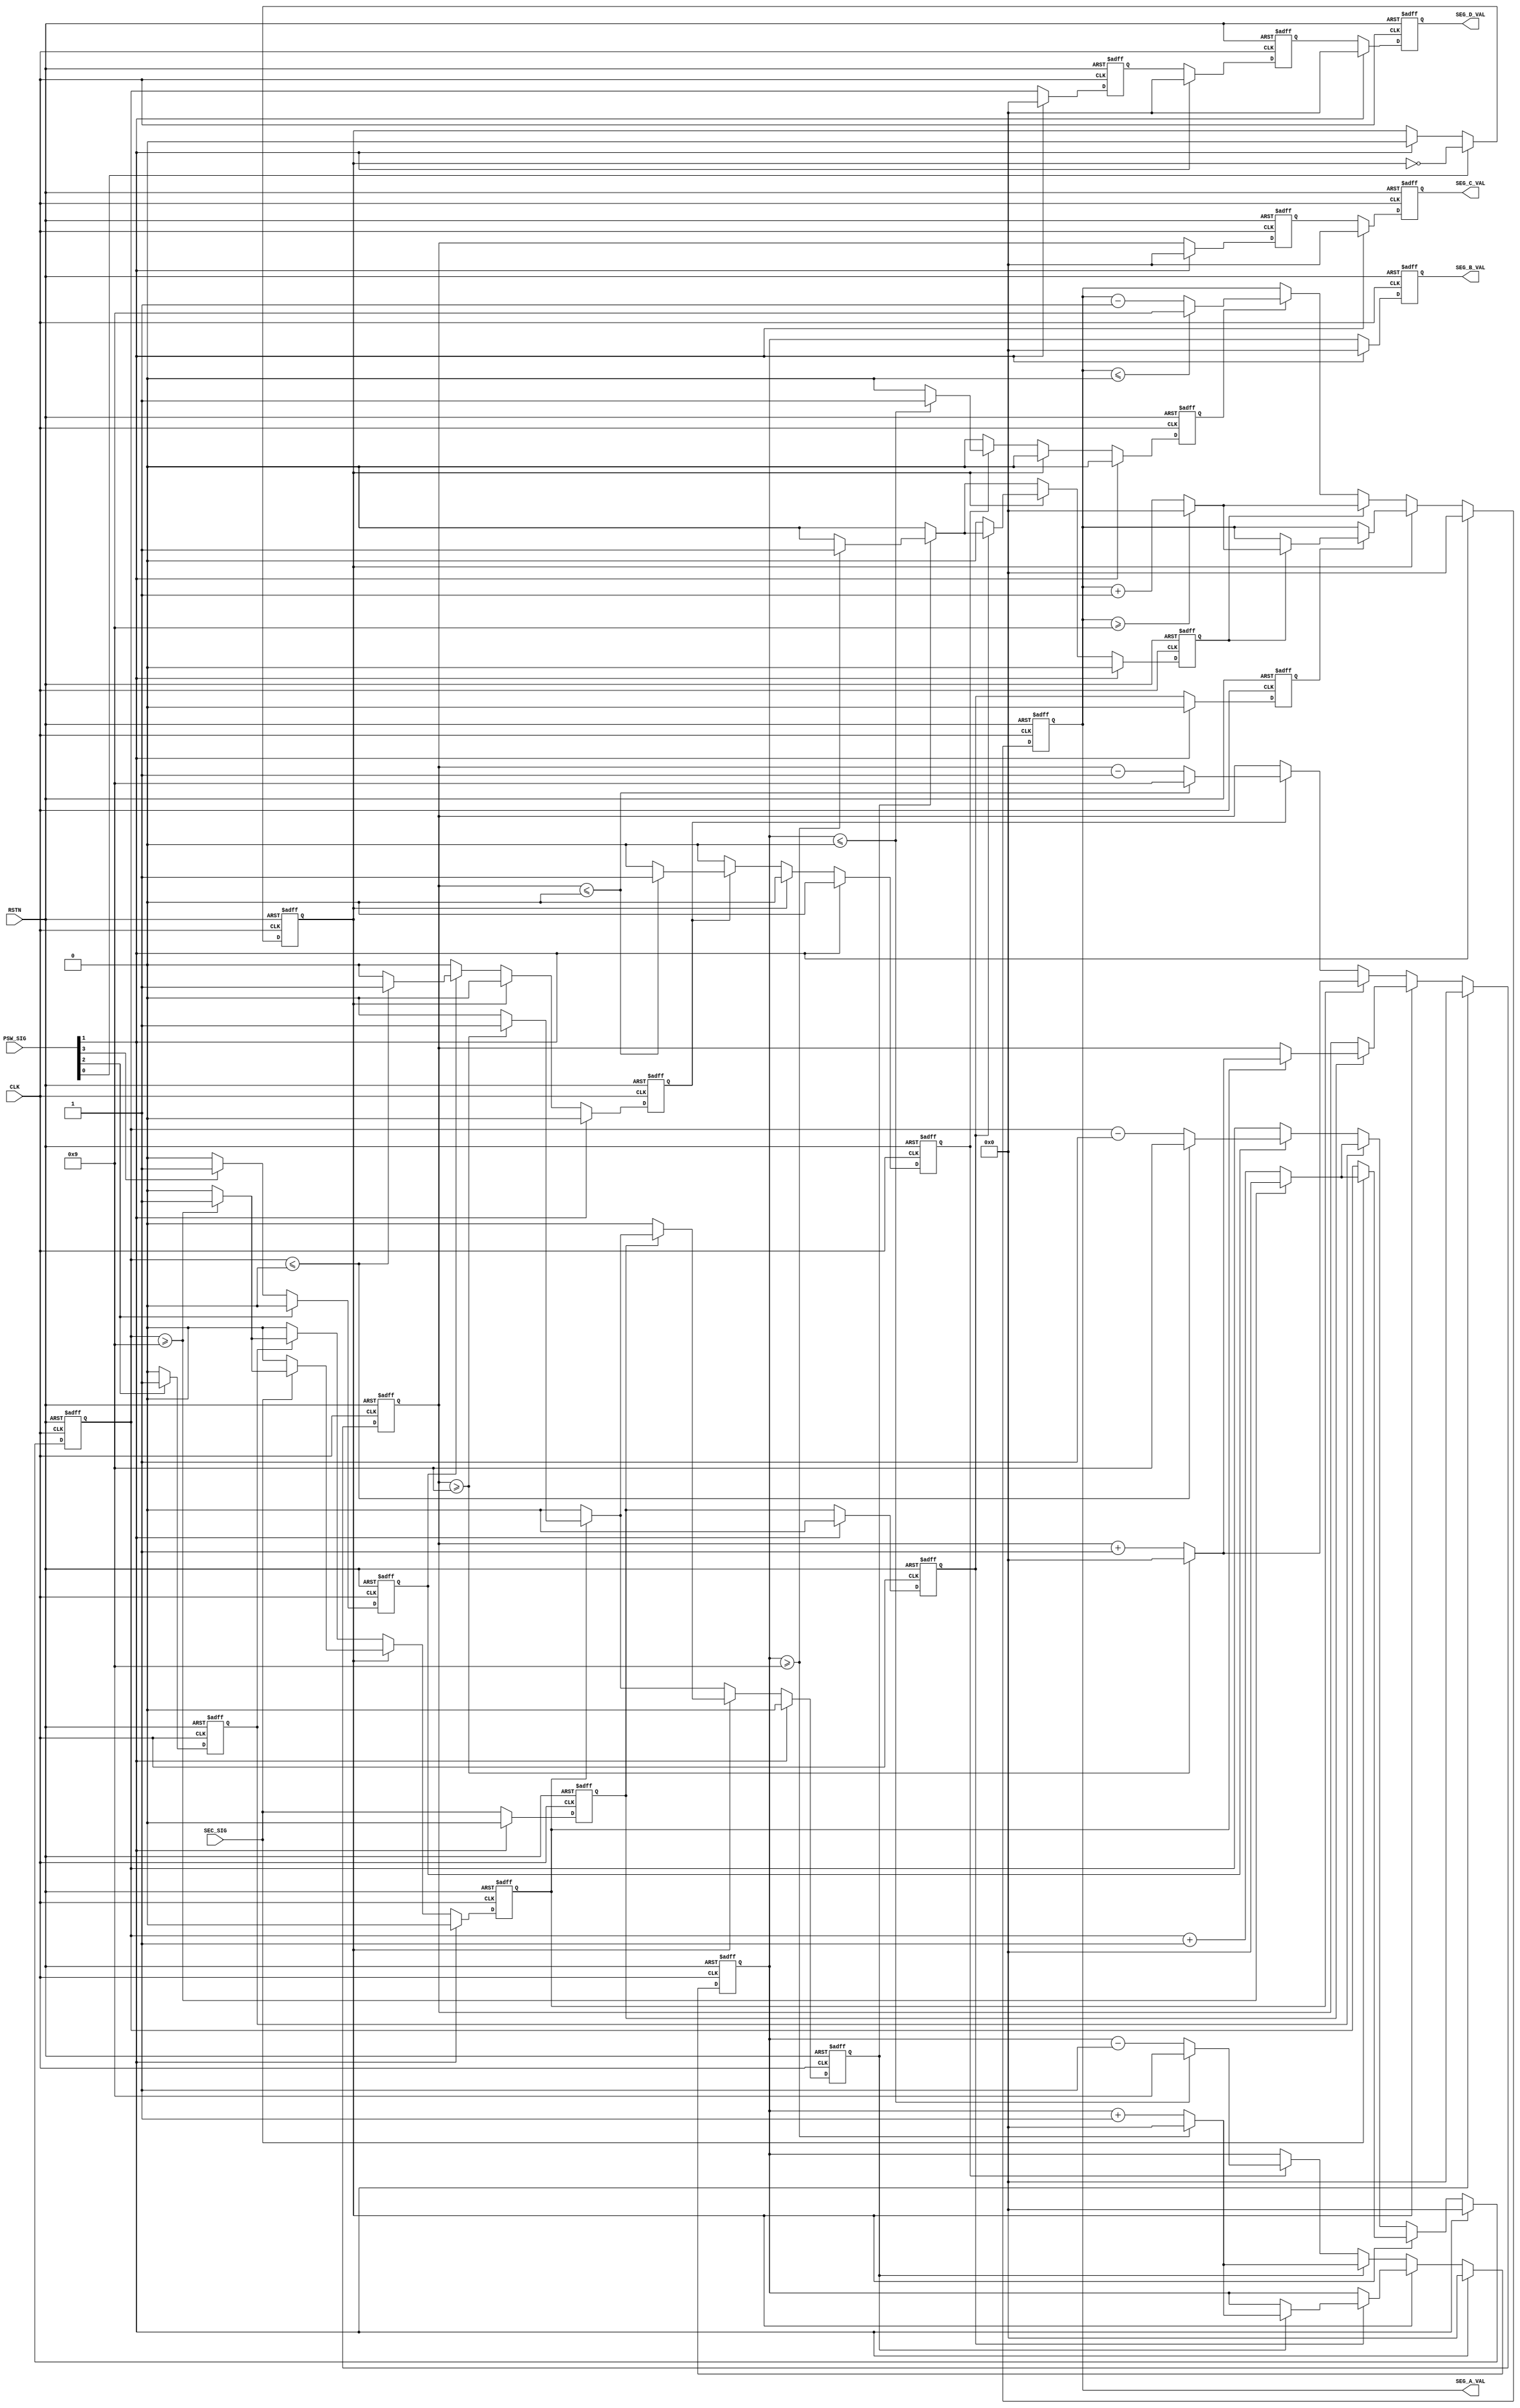
/*------------------------------------------------------------------------------
--      File Name = watch_body.v                                              --
--                                                                            --
--      Design    = StopWatch Main Block                                      --
--                                                                            --
--      Revision  = 1.0         Date: 2012.04.19                              --
------------------------------------------------------------------------------*/

	module watch_body (
	  		//input
	  		CLK,
	  		RSTN,
	  		PSW_SIG,
	  		SEC_SIG,

	  		//output
	  		SEG_A_VAL,
			SEG_B_VAL,
			SEG_C_VAL,
			SEG_D_VAL
	);

//--- input --------------------------------------------------------------------
input  CLK;				// Clock 10MHz
input  RSTN;			// System Reset
input  [3:0] PSW_SIG;	// 0:Start / Stop  1:Reset  2:Increment  3:Decrement
input  SEC_SIG;			// Second Signal

//--- output -------------------------------------------------------------------
output [3:0] SEG_A_VAL,SEG_B_VAL,SEG_C_VAL,SEG_D_VAL;	// 7seg out

//--- reg ----------------------------------------------------------------------
reg  MOVE_FLG;											// 0:Stop Mode   1:Moveing Mode

reg  PLUS_A, MINUS_A;									// Count Up Signal
reg  [3:0] COUNT_A, COUNT_B, COUNT_C, COUNT_D;			// Count Register
reg  CARRY_A, CARRY_B, CARRY_C;							// Carry Up Signal
reg  DOWN_A,  DOWN_B,  DOWN_C;							// Carry Down Signal
reg  SEC_SIG_1D,SEC_SIG_2D,SEC_SIG_3D;					// Delay Second Signal

reg  [3:0] COUNT_A_1D, COUNT_A_2D,COUNT_A_3D;			// Delay Control COUNT_A
reg  [3:0] COUNT_B_1D, COUNT_B_2D;						// Delay Control COUNT_B
reg  [3:0] COUNT_C_1D;									// Delay Control COUNT_C

//****************************** Start of Module ******************************
//-------------------
//    Change Mode
//-------------------
	always@( posedge CLK or negedge RSTN) begin
		if( !RSTN ) begin
			MOVE_FLG <= 1'b0;
	  	end

	  	else if( PSW_SIG[0] == 1'b1) begin
	    	 MOVE_FLG <= ~MOVE_FLG;
	  	end
      	else if( PSW_SIG[1] == 1'b1 )begin
			MOVE_FLG <= 1'b0;
		end
	 	else begin
	    	 MOVE_FLG <= MOVE_FLG;
	  	end
	end

//-------------------------
// Count Up Signal Create
//-------------------------
	always@( posedge CLK or negedge RSTN) begin
  		if( !RSTN )begin
			PLUS_A  <= 1'b0;
     		MINUS_A <= 1'b0;
		end

    	else if( PSW_SIG[2] == 1'b1 )begin
      		PLUS_A  <= 1'b1;
			MINUS_A <= 1'b0;
    	end
		else if( PSW_SIG[3] == 1'b1 )begin
      		PLUS_A  <= 1'b0;
			MINUS_A <= 1'b1;
		end
		else begin
			PLUS_A  <= 1'b0;
			MINUS_A <= 1'b0;
		end
	end
	
//-------------------------------------
//  OUTPUT COUNT_A
//-------------------------------------
	always@( posedge CLK or negedge RSTN) begin
  		if( !RSTN )begin
			COUNT_A <= 4'd0;
		end
		else if( PSW_SIG[1] == 1'b1 )begin
  			COUNT_A <= 4'd0;
		end

		// Stop Mode
		else if( MOVE_FLG == 1'b0 )begin
			if( PLUS_A == 1'b1 )begin
				if( COUNT_A >= 4'd9 )begin
					COUNT_A <= 4'd0;
				end
				else begin
					COUNT_A <= COUNT_A + 4'd1;
				end
			end
			else if( MINUS_A == 1'b1 )begin
				if( COUNT_A <= 4'd0 )begin
					COUNT_A <= 4'd9;
				end
				else begin
					COUNT_A <= COUNT_A - 4'd1;
				end
			end
			else begin
				COUNT_A <= COUNT_A;
			end
		end
		
		// Moving Mode
		else begin
			if( SEC_SIG == 1'b1 )begin
				if( COUNT_A >= 4'd9 )begin
					COUNT_A <= 4'd0;
				end
				else begin
					COUNT_A <= COUNT_A + 4'd1;
				end
			end
			else begin
				COUNT_A <= COUNT_A;
			end
		end
	end

//-------------------------------------
//  OUTPUT CARRY_A
//-------------------------------------
	always@( posedge CLK or negedge RSTN) begin
  		if( !RSTN )begin
			CARRY_A <= 1'b0;
		end
		else if( PSW_SIG[1] == 1'b1 )begin
  			CARRY_A <= 1'b0;
		end

		// Stop Mode
		else if( MOVE_FLG == 1'b0 )begin
			if( PLUS_A == 1'b1 )begin
				if( COUNT_A >= 4'd9 )begin
					CARRY_A <= 1'b1;
				end
				else begin
					CARRY_A <= 1'b0;
				end
			end
			else begin
				CARRY_A <= 1'b0;
			end
		end

		// Moving Mode
		else begin
			if( SEC_SIG == 1'b1 )begin
				if( COUNT_A >= 4'd9 )begin
					CARRY_A <= 1'b1;
				end
				else begin
					CARRY_A <= 1'b0;
				end
			end
			else begin
				CARRY_A <= 1'b0;
			end
		end
	end

//-------------------------------------
//   OUTPUT DOWN_A
//-------------------------------------
	always@( posedge CLK or negedge RSTN) begin
  		if( !RSTN )begin
			DOWN_A <= 1'b0;
		end
		else if( PSW_SIG[1] == 1'b1 )begin
  			DOWN_A <= 1'b0;
		end

		// Stop Mode
		else if( MOVE_FLG == 1'b0 )begin
			if( MINUS_A == 1'b1 )begin
				if( COUNT_A <= 4'd0 )begin
					DOWN_A <= 1'b1;
				end
				else begin
					DOWN_A <= 1'b0;
				end
			end
			else begin
				DOWN_A <= 1'b0;
			end
		end
		
		// Moving Mode
		else begin
			DOWN_A <= 1'b0;
		end
	end

//-------------------------------------
//   OUTPUT COUNT_B
//-------------------------------------
	always@( posedge CLK or negedge RSTN) begin
  		if( !RSTN )begin
			COUNT_B <= 4'd0;
		end
		else if( PSW_SIG[1] == 1'b1 )begin
			COUNT_B <= 4'd0;
		end

		// Stop Mode
		else if( MOVE_FLG == 1'b0 )begin
			if( CARRY_A == 1'b1 )begin
				if( COUNT_B >= 4'd9 )begin
					COUNT_B <= 4'd0;
				end
				else begin
					COUNT_B <= COUNT_B + 4'd1;
				end
			end
			else if( DOWN_A == 1'b1 )begin
				if( COUNT_B <= 4'd0 )begin
					COUNT_B <= 4'd9;
				end
				else begin
					COUNT_B <= COUNT_B - 4'd1;
				end
			end
			else begin
				COUNT_B <= COUNT_B;
			end
		end
		
		// Moving mode
		else begin							
			if( SEC_SIG_1D == 1'b1 )begin
				if( CARRY_A == 1'b1 )begin
					if( COUNT_B >= 4'd9 )begin
						COUNT_B <= 1'b0;
					end
					else begin
						COUNT_B <= COUNT_B + 4'd1;
					end
				end
				else begin
					COUNT_B <= COUNT_B;
				end
			end
			else begin
				COUNT_B <= COUNT_B;
			end
		end
	end


//-------------------------------------
//   OUTPUT CARRY_B
//-------------------------------------
	always@( posedge CLK or negedge RSTN) begin
  		if( !RSTN )begin
			CARRY_B <= 1'b0;
		end
		else if( PSW_SIG[1] == 1'b1 )begin
			CARRY_B <= 1'b0;
		end
		
		// Stop Mode
		else if( MOVE_FLG == 1'b0 )begin
			if( CARRY_A == 1'b1)begin
				if( COUNT_B >= 4'd9 )begin
						CARRY_B <= 1'b1;
				end
				else begin
					CARRY_B <= 1'b0;
				end
			end
			else begin
				CARRY_B <= 1'b0;
			end
		end

		// Moving Mode
		else begin
			if( SEC_SIG_1D == 1'b1 )begin
				if( CARRY_A == 1'b1 )begin
					if( COUNT_B >= 4'd9 )begin
						CARRY_B <= 1'b1;
					end
					else begin
						CARRY_B <= 1'b0;
					end
				end
				else begin
					CARRY_B <= 1'b0;
				end
			end
			else begin
				CARRY_B <= 1'b0;
			end
		end
	end

//-------------------------------------
//   OUTPUT DOWN_B
//-------------------------------------
	always@( posedge CLK or negedge RSTN) begin
  		if( !RSTN )begin
			DOWN_B <= 1'b0;
		end
		else if( PSW_SIG[1] == 1'b1 )begin
			DOWN_B <= 1'b0;
		end
		
		// Stop Mode
		else if( MOVE_FLG == 1'b0 )begin
			if( DOWN_A == 1'b1 )begin
				if( COUNT_B <= 4'd0 )begin
					DOWN_B <= 1'b1;
				end
				else begin
					DOWN_B <= 1'b0;
				end
			end
			else begin
				DOWN_B <= 1'b0;
			end
		end
		
		// Moving Mode
		else begin
			DOWN_B <= 1'b0;
		end
	end

//-------------------------------------
//   OUTPUT COUNT_C
//-------------------------------------
	always@( posedge CLK or negedge RSTN) begin
  		if( !RSTN )begin
			COUNT_C <= 1'b0;
		end
		else if( PSW_SIG[1] == 1'b1 )begin
			COUNT_C <= 4'd0;
		end

		// Stop Mode
		else if( MOVE_FLG == 1'b0 )begin
			if( CARRY_B == 1'b1 )begin
				if( COUNT_C >= 4'd9 )begin
					COUNT_C <= 4'd0;
				end
				else begin
					COUNT_C <= COUNT_C + 4'd1;
				end
			end
			else if( DOWN_B == 1'b1 )begin
				if( COUNT_C <= 4'd0 )begin
					COUNT_C <= 4'd9;
				end
				else begin
					COUNT_C <= COUNT_C - 4'd1;
				end
			end
			else begin
				COUNT_C <= COUNT_C;
			end
		end
		
		// Moving mode
		else begin
			if( SEC_SIG_2D == 1'b1 )begin
				if( CARRY_B == 1'b1 )begin
					if( COUNT_C >= 4'd9 )begin
						COUNT_C <= 1'b0;
					end
					else begin
						COUNT_C <= COUNT_C + 4'd1;
					end
				end
				else begin
					COUNT_C <= COUNT_C;
				end
			end
			else begin
				COUNT_C <= COUNT_C;
			end
		end
	end

//-------------------------------------
//   OUTPUT CARRY_C
//-------------------------------------
	always@( posedge CLK or negedge RSTN) begin
  		if( !RSTN )begin
			CARRY_C <= 1'b0;
		end
		else if( PSW_SIG[1] == 1'b1 )begin
			CARRY_C <= 1'b0;
		end
		
		// Stop Mode
		else if( MOVE_FLG == 1'b0 )begin
			if( CARRY_B == 1'b1)begin
				if( COUNT_C >= 4'd9 )begin
						CARRY_C <= 1'b1;
				end
				else begin
					CARRY_C <= 1'b0;
				end
			end
			else begin
				CARRY_C <= 1'b0;
			end
		end
		
		// Moving Mode
		else begin
			if( SEC_SIG_2D == 1'b1 )begin
				if( CARRY_B == 1'b1 )begin
					if( COUNT_C >= 4'd9 )begin
						CARRY_C <= 1'b1;
					end
					else begin
						CARRY_C <= 1'b0;
					end
				end
				else begin
					CARRY_C <= 1'b0;
				end
			end
			else begin
				CARRY_C <= 1'b0;
			end
		end
	end

//-------------------------------------
//   OUTPUT DOWN_C
//-------------------------------------
	always@( posedge CLK or negedge RSTN) begin
  		if( !RSTN )begin
			DOWN_C <= 1'b0;
		end
		else if( PSW_SIG[1] == 1'b1 )begin
			DOWN_C <= 1'b0;
		end
		
		// Stop Mode
		else if( MOVE_FLG == 1'b0 )begin
			if( DOWN_B == 1'b1 )begin
				if( COUNT_C <= 4'd0 )begin
					DOWN_C <= 1'b1;
				end
				else begin
					DOWN_C <= 1'b0;
				end
			end
			else begin
				DOWN_C <= 1'b0;
			end
		end
		
		// Moving Mode
		else begin
			DOWN_C <= 1'b0;
		end
	end

//-------------------------------------
//   OUTPUT COUNT_D
//-------------------------------------
	always@( posedge CLK or negedge RSTN) begin
 		if( !RSTN )begin
			COUNT_D <= 4'd0;
		end
		else if( PSW_SIG[1] == 1'b1 )begin
			COUNT_D <= 4'd0;
		end
		
		// Stop Mode
		else if( MOVE_FLG == 1'b0 )begin
			if( CARRY_C == 1'b1 )begin
				if( COUNT_D >= 4'd9 )begin
					COUNT_D <= 4'd0;
				end
				else begin
					COUNT_D <= COUNT_D + 4'd1;
				end
			end
			else if( DOWN_C == 1'b1 )begin
				if( COUNT_D <= 1'b0 )begin
					COUNT_D <= 4'd9;
				end
				else begin
					COUNT_D <= COUNT_D - 4'd1;
				end
			end
			else begin
				COUNT_D <= COUNT_D;
			end
		end

		// Moving Mode
		else begin
			if( SEC_SIG_3D == 1'b1 )begin
				if( CARRY_C == 1'b1 )begin
					if( COUNT_D >= 4'd9 )begin
						COUNT_D <= 4'd0;
					end
					else begin
						COUNT_D <= COUNT_D + 4'd1;
					end
				end
				else begin
					COUNT_D <= COUNT_D;
				end
			end
			else begin
				COUNT_D <= COUNT_D;
			end
		end
	end



//-------------------------------------
//   Delay Control COUNT_A
//-------------------------------------
	always@( posedge CLK or negedge RSTN) begin
  		if( !RSTN )begin
			COUNT_A_1D <= 4'd0;
			COUNT_A_2D <= 4'd0;
			COUNT_A_3D <= 4'd0;
		end
		else if( PSW_SIG[1] == 1'b1 )begin
			COUNT_A_1D <= 4'd0;
			COUNT_A_2D <= 4'd0;
			COUNT_A_3D <= 4'd0;
		end
		else begin
			COUNT_A_1D <= COUNT_A;
			COUNT_A_2D <= COUNT_A_1D;
			COUNT_A_3D <= COUNT_A_2D;
		end
	end

//-------------------------------------
//   Delay Control COUNT_B
//-------------------------------------
	always@( posedge CLK or negedge RSTN) begin
  		if( !RSTN )begin
			COUNT_B_1D <= 4'd0;
			COUNT_B_2D <= 4'd0;
		end
		else if( PSW_SIG[1] == 1'b1)begin
			COUNT_B_1D <= 4'd0;
			COUNT_B_2D <= 4'd0;
		end
		else begin
			COUNT_B_1D <= COUNT_B;
			COUNT_B_2D <= COUNT_B_1D;
		end
	end

//-------------------------------------
//   Delay Control COUNT_C
//-------------------------------------
	always@( posedge CLK or negedge RSTN) begin
  		if( !RSTN )begin
			COUNT_C_1D <= 4'd0;
		end
		else if( PSW_SIG[1] == 1'b1)begin
			COUNT_C_1D <= 4'd0;
		end
		else begin
			COUNT_C_1D <= COUNT_C;
		end
	end

//-------------------------------------
//   Delay Control SEC_SIG
//-------------------------------------
	always@( posedge CLK or negedge RSTN) begin
  		if( !RSTN )begin
			SEC_SIG_1D <= 1'b0;
			SEC_SIG_2D <= 1'b0;
			SEC_SIG_3D <= 1'b0;
		end
		else if( PSW_SIG[1] == 1'b1)begin
			SEC_SIG_1D <= 1'b0;
			SEC_SIG_2D <= 1'b0;
			SEC_SIG_3D <= 1'b0;
		end
		else begin
			SEC_SIG_1D <= SEC_SIG;
			SEC_SIG_2D <= SEC_SIG_1D;
			SEC_SIG_3D <= SEC_SIG_2D;
		end
	end

assign SEG_D_VAL = COUNT_A_3D;
assign SEG_C_VAL = COUNT_B_2D;
assign SEG_B_VAL = COUNT_C_1D;
assign SEG_A_VAL = COUNT_D;

endmodule